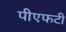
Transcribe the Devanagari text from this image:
पीएफटी